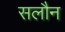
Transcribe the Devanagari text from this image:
सलौन